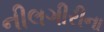
નીલગીરીના